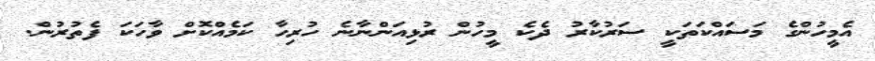
އެމީހުންގެ މަސައްކަތަކީ ސަރުކާރު ދެކެ މީހުން ރުޅިއަންނާނެ ހުރިހާ ކަމެއްކޮށް ވާހަކަ ފެތުރުން.